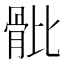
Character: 𩨨